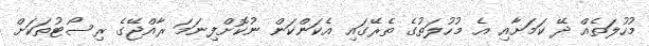
މުހުލަތެއް ދޭ ކަމަށާއި އެ މުހުލަތުގެ ތެރޭގައި އެކަންކަން ނުކޮށްފިނަމަ ރާއްޖޭގެ ރިސޯޓުތަކަށް